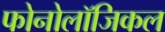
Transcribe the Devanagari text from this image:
फोनोलॉजिकल